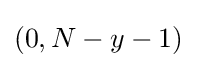
(0,N-y-1)